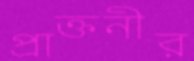
প্রাক্তনীর